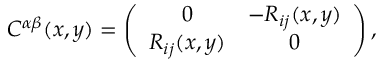
C ^ { \alpha \beta } ( x , y ) = \left( \begin{array} { c c } { { 0 } } & { { - R _ { i j } ( x , y ) } } \\ { { R _ { i j } ( x , y ) } } & { { 0 } } \end{array} \right) ,